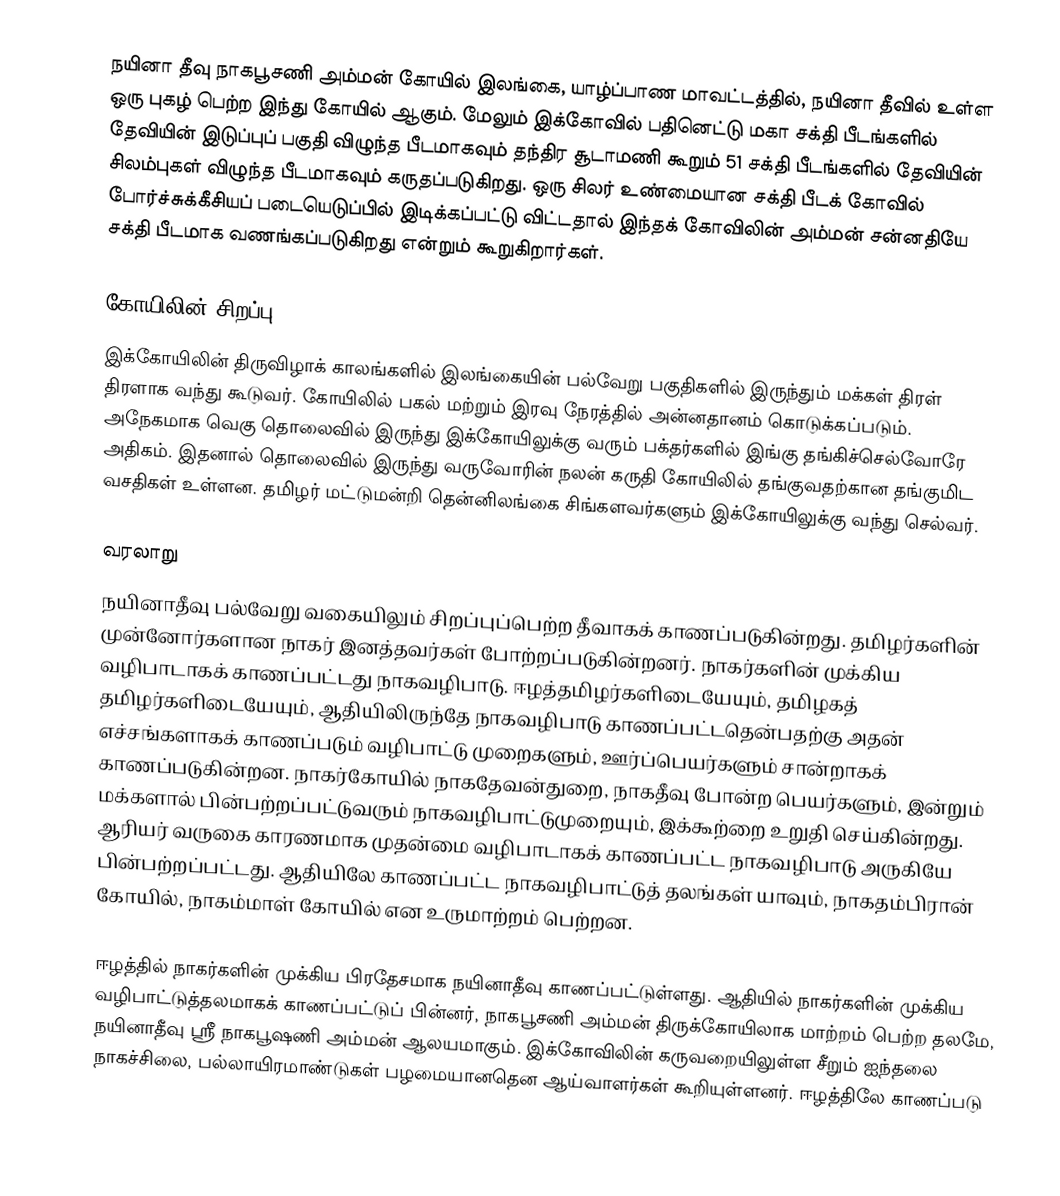
நயினா தீவு நாகபூசணி அம்மன் கோயில் இலங்கை, யாழ்ப்பாண மாவட்டத்தில், நயினா தீவில் உள்ள ஒரு புகழ் பெற்ற இந்து கோயில் ஆகும். மேலும் இக்கோவில் பதினெட்டு மகா சக்தி பீடங்களில் தேவியின் இடுப்புப் பகுதி விழுந்த பீடமாகவும் தந்திர சூடாமணி கூறும் 51 சக்தி பீடங்களில் தேவியின் சிலம்புகள் விழுந்த பீடமாகவும் கருதப்படுகிறது. ஒரு சிலர் உண்மையான சக்தி பீடக் கோவில் போர்ச்சுக்கீசியப் படையெடுப்பில் இடிக்கப்பட்டு விட்டதால் இந்தக் கோவிலின் அம்மன் சன்னதியே சக்தி பீடமாக வணங்கப்படுகிறது என்றும் கூறுகிறார்கள்.

கோயிலின் சிறப்பு
இக்கோயிலின் திருவிழாக் காலங்களில் இலங்கையின் பல்வேறு பகுதிகளில் இருந்தும் மக்கள் திரள் திரளாக வந்து கூடுவர். கோயிலில் பகல் மற்றும் இரவு நேரத்தில் அன்னதானம் கொடுக்கப்படும். அநேகமாக வெகு தொலைவில் இருந்து இக்கோயிலுக்கு வரும் பக்தர்களில் இங்கு தங்கிச்செல்வோரே அதிகம். இதனால் தொலைவில் இருந்து வருவோரின் நலன் கருதி கோயிலில் தங்குவதற்கான தங்குமிட வசதிகள் உள்ளன. தமிழர் மட்டுமன்றி தென்னிலங்கை சிங்களவர்களும் இக்கோயிலுக்கு வந்து செல்வர்.

வரலாறு
நயினாதீவு பல்வேறு வகையிலும் சிறப்புப்பெற்ற தீவாகக் காணப்படுகின்றது. தமிழர்களின் முன்னோர்களான நாகர் இனத்தவர்கள் போற்றப்படுகின்றனர். நாகர்களின் முக்கிய வழிபாடாகக் காணப்பட்டது நாகவழிபாடு. ஈழத்தமிழர்களிடையேயும், தமிழகத் தமிழர்களிடையேயும், ஆதியிலிருந்தே நாகவழிபாடு காணப்பட்டதென்பதற்கு அதன் எச்சங்களாகக் காணப்படும் வழிபாட்டு முறைகளும், ஊர்ப்பெயர்களும் சான்றாகக் காணப்படுகின்றன. நாகர்கோயில் நாகதேவன்துறை, நாகதீவு போன்ற பெயர்களும், இன்றும் மக்களால் பின்பற்றப்பட்டுவரும் நாகவழிபாட்டுமுறையும், இக்கூற்றை உறுதி செய்கின்றது. ஆரியர் வருகை காரணமாக முதன்மை வழிபாடாகக் காணப்பட்ட நாகவழிபாடு அருகியே பின்பற்றப்பட்டது. ஆதியிலே காணப்பட்ட நாகவழிபாட்டுத் தலங்கள் யாவும், நாகதம்பிரான் கோயில், நாகம்மாள் கோயில் என உருமாற்றம் பெற்றன.

ஈழத்தில் நாகர்களின் முக்கிய பிரதேசமாக நயினாதீவு காணப்பட்டுள்ளது. ஆதியில் நாகர்களின் முக்கிய வழிபாட்டுத்தலமாகக் காணப்பட்டுப் பின்னர், நாகபூசணி அம்மன் திருக்கோயிலாக மாற்றம் பெற்ற தலமே, நயினாதீவு ஸ்ரீ நாகபூஷணி அம்மன் ஆலயமாகும். இக்கோவிலின் கருவறையிலுள்ள சீறும் ஐந்தலை நாகச்சிலை, பல்லாயிரமாண்டுகள் பழமையானதென ஆய்வாளர்கள் கூறியுள்ளனர். ஈழத்திலே காணப்படு